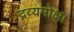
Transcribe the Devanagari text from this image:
द्रव्यमोक्ष।